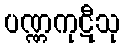
ပဏ္ဏကုဋီသု